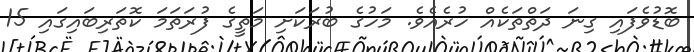
ބޮޑުވެފައި ގިނަ ދަތްތަކެއް ހުރެއެވެ. މަހުގެ ބުރަކަށި މަތީގެ ފުރަތަމަ ކޮތަރިބައިގައި 15